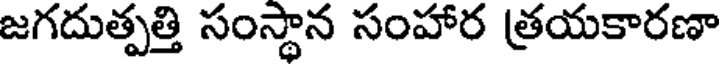
జగదుత్పత్తి సంస్థాన సంహార త్రయకారణా